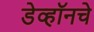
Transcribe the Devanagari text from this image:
डेव्हॉनचे